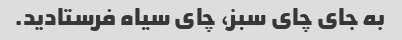
به جای چای سبز، چای سیاه فرستادید.